Problem: 43 + 25 = ?
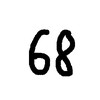
Handwritten answer: 68